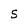
Character: 5